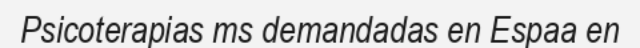
Psicoterapias ms demandadas en Espaa en